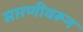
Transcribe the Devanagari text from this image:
सारणीवरून